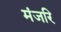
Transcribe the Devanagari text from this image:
मंजरि